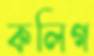
কলিগ